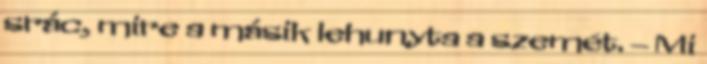
srác, mire a másik lehunyta a szemét. – Mi